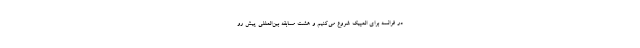
در فرانسه برای المپیک شروع می‌کنیم و هشت مسابقه بین‌المللی پیش رو